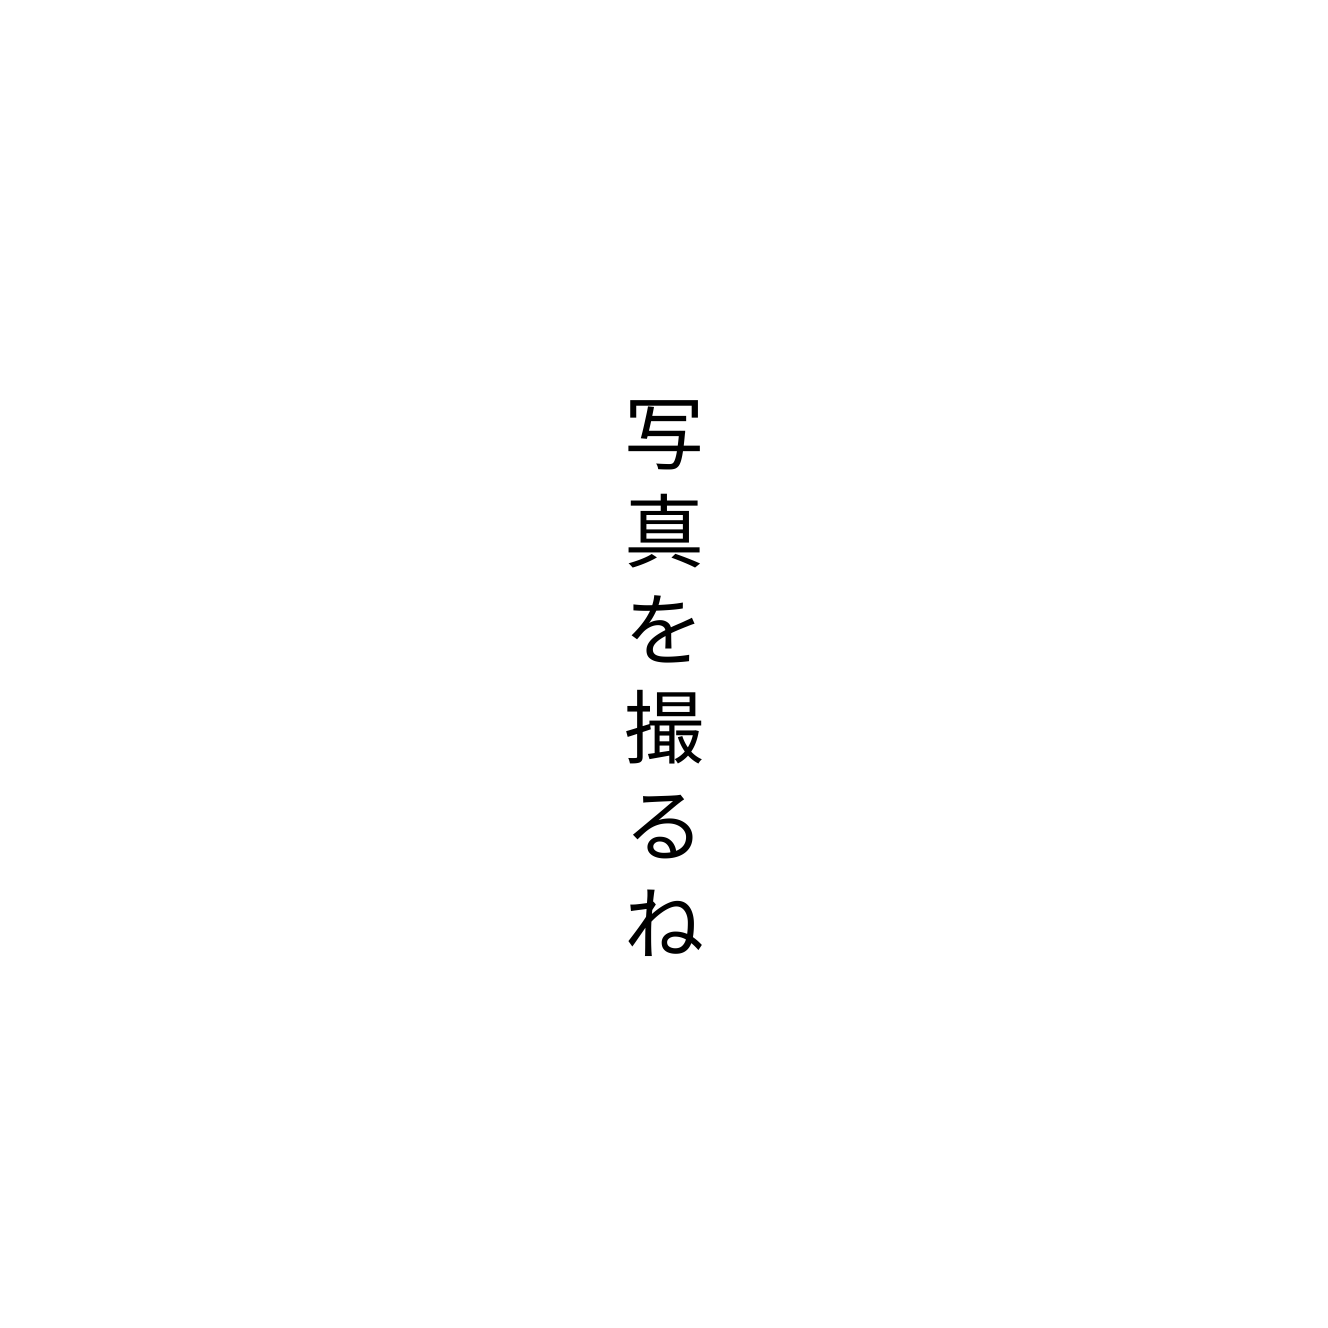
写真を撮るね